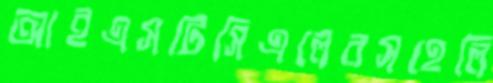
আইএসটিসিএলেরসহেলি